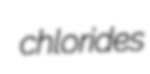
chlorides